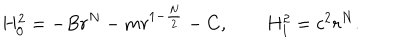
H _ { 0 } ^ { 2 } = - B r ^ { N } - m r ^ { 1 - \frac { N } { 2 } } - C , \qquad H _ { 1 } ^ { 2 } = c ^ { 2 } r ^ { N } .